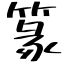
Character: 篆